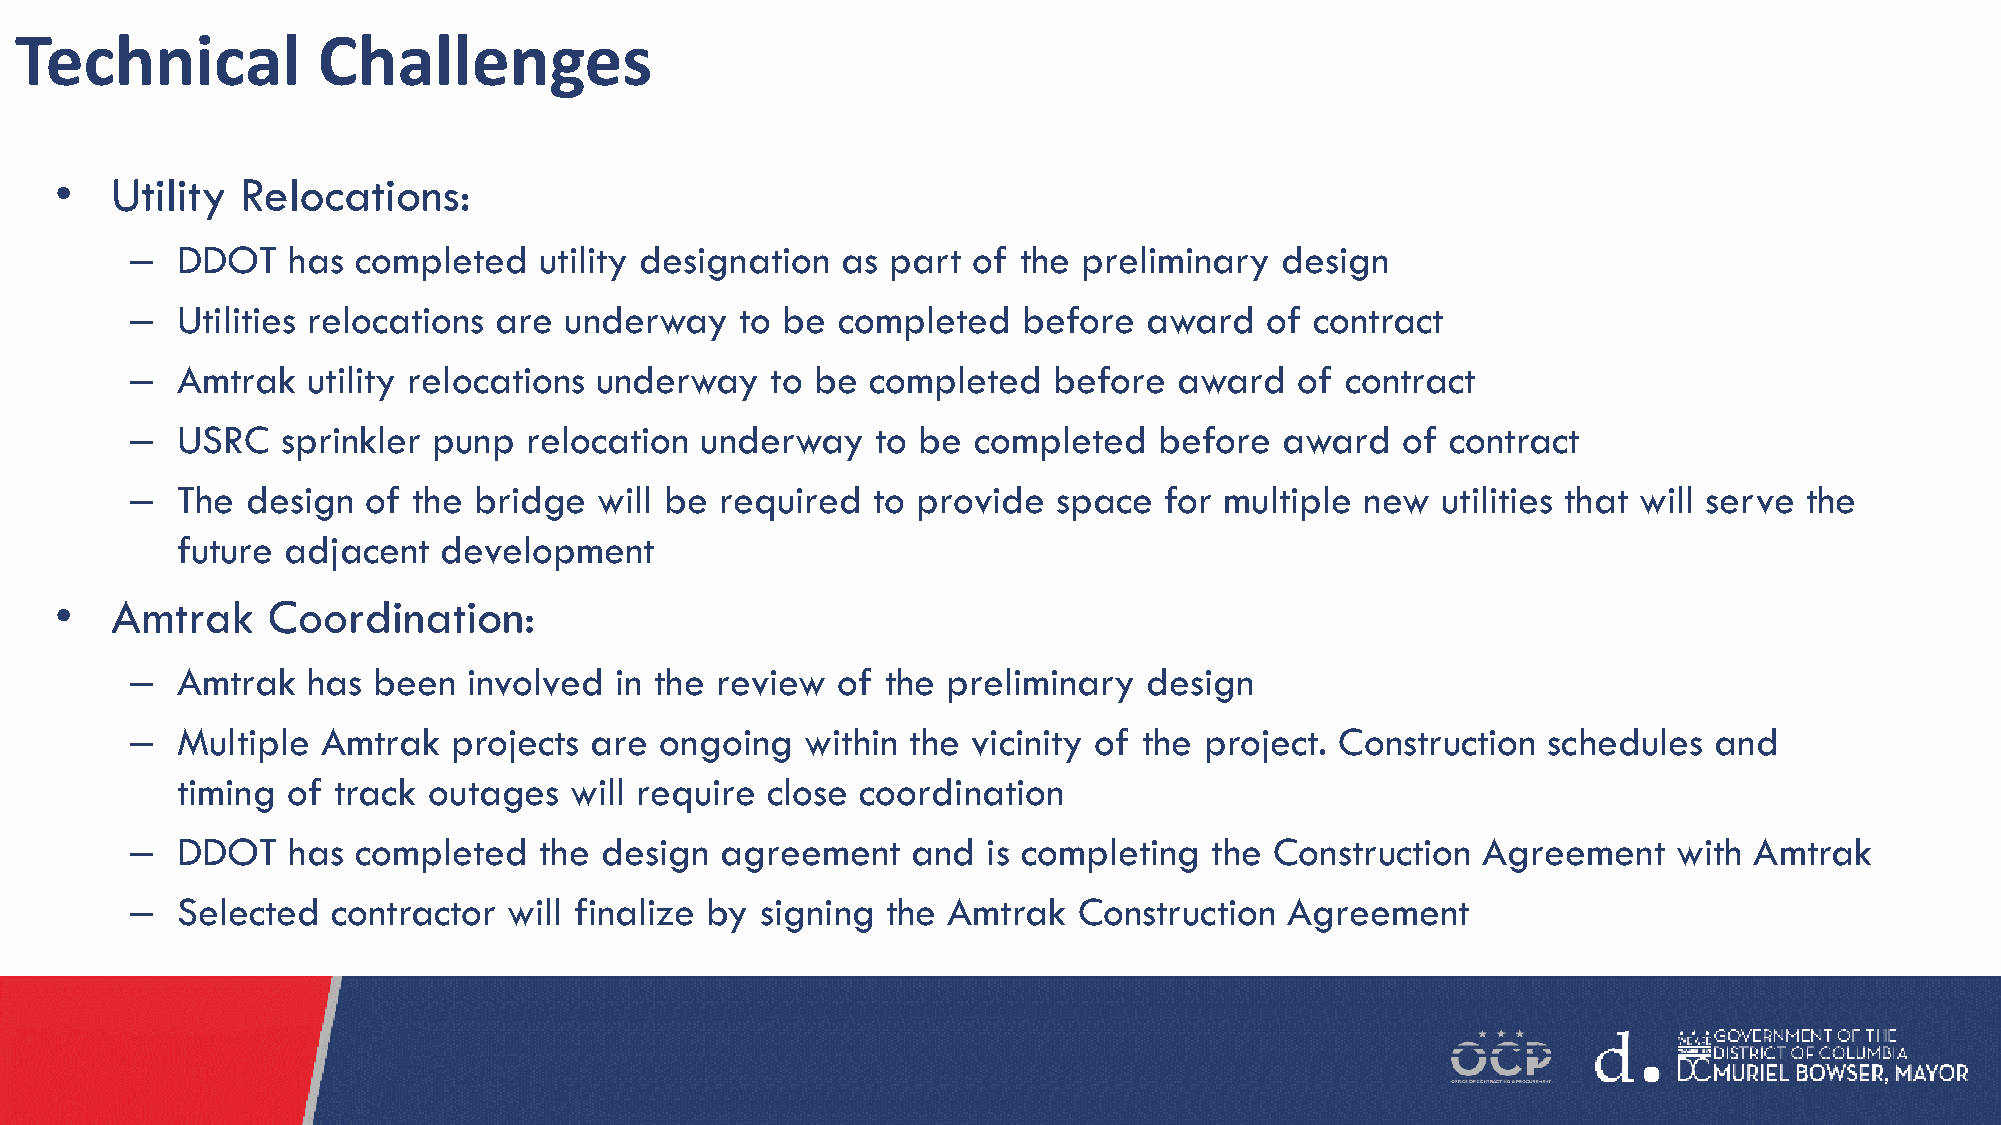
Technical           Challenges
 •  Utility  Relocations:
 –  DDOT   has completed    utility designation as part of the  preliminary  design
 –  Utilities relocations are underway   to be completed    before  award   of contract
 –  Amtrak  utility relocations underway   to be  completed   before  award   of contract
 –  USRC   sprinkler punp  relocation underway    to be completed    before  award   of contract
 –  The design  of the bridge   will be required  to provide  space  for multiple new  utilities that will serve the
 future adjacent  development
 •  Amtrak     Coordination:
 –  Amtrak  has  been  involved  in the review of  the preliminary  design
 –  Multiple Amtrak   projects are  ongoing  within the vicinity of the project. Construction schedules  and
 timing of track outages   will require close coordination
 –  DDOT   has completed    the design  agreement   and  is completing  the Construction  Agreement    with Amtrak
 –  Selected  contractor  will finalize by signing the Amtrak  Construction  Agreement